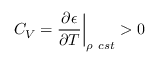
\left. C _ { V } = \frac { \partial \epsilon } { \partial T } \right| _ { \rho \ c s t } > 0